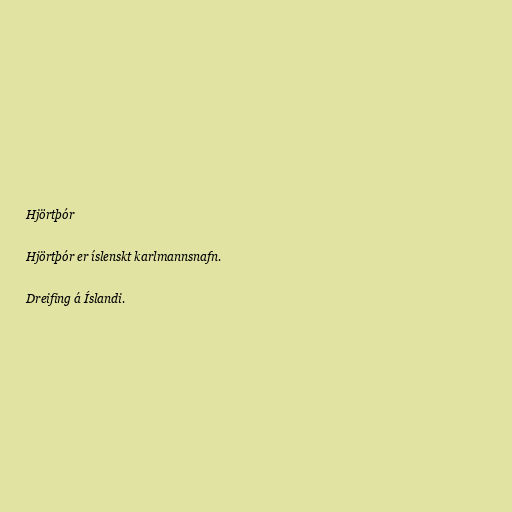
Hjörtþór

Hjörtþór er íslenskt karlmannsnafn.

Dreifing á Íslandi.